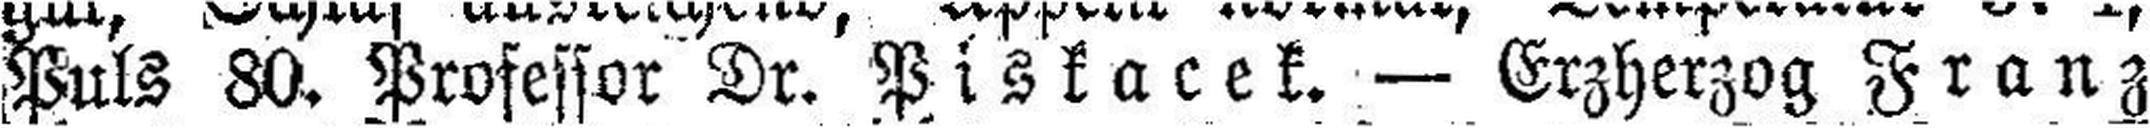
Puls 80. Professor Dr. Piskacek. — Erzherzog Franz